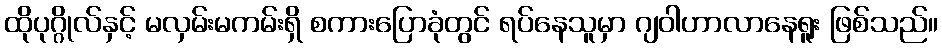
ထိုပုဂ္ဂိုလ်နှင့် မလှမ်းမကမ်းရှိ စကားပြောခုံတွင် ရပ်နေသူမှာ ဂျဝါဟာလာနေရူး ဖြစ်သည်။